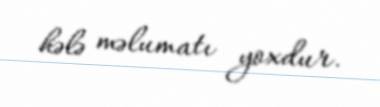
hələ məlumatı yoxdur.